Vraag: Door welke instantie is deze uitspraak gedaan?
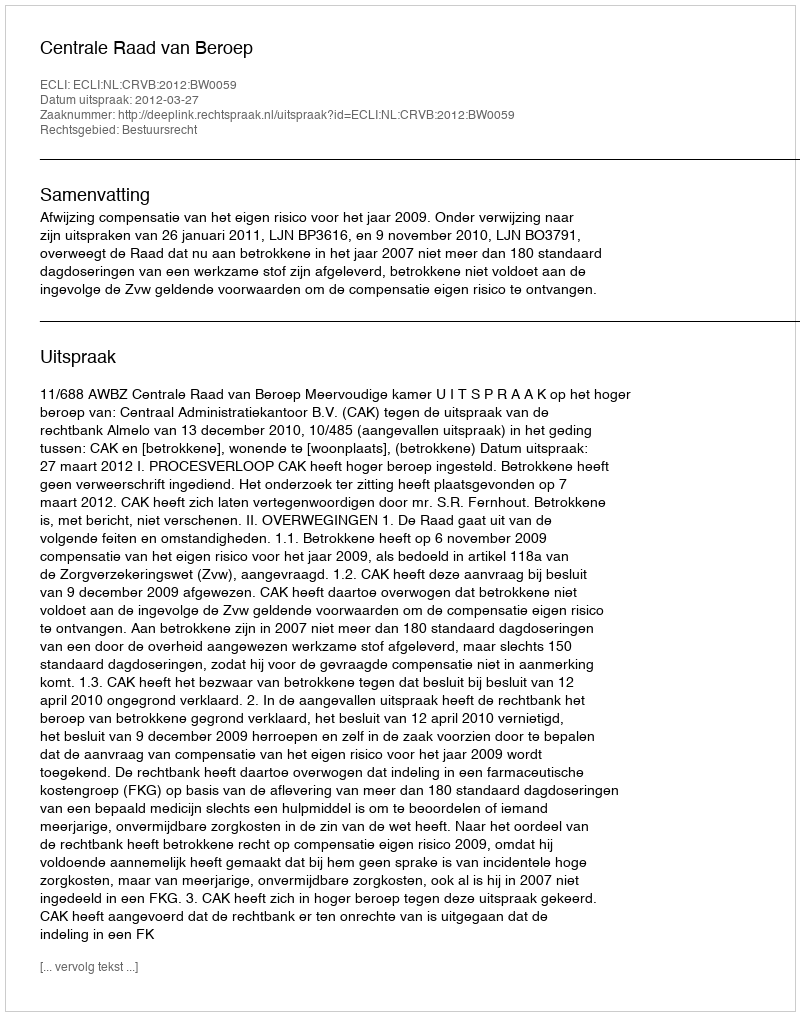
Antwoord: Centrale Raad van Beroep